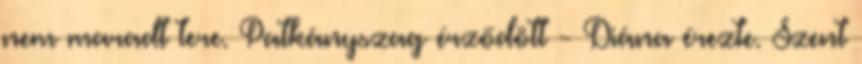
nem maradt tere. Patkányszag érződött - Diána érezte. Szent